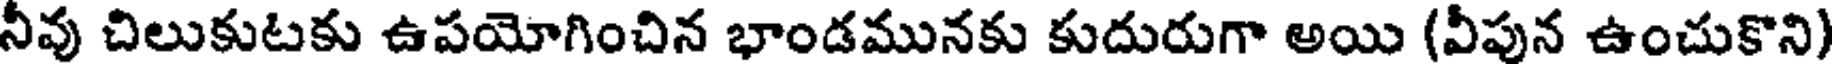
నీవు చిలుకుటకు ఉపయోగించిన భాండమునకు కుదురుగా అయి (వీపున ఉంచుకొని)